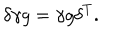
\delta \gamma g = \gamma g \delta ^ { T } .